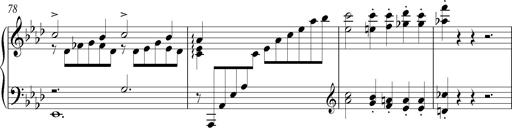
Title: LiebestrÃ¤ume
Composer: Franz Behr
Key: E-flat major